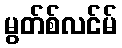
မွတ်စ်လင်မ်